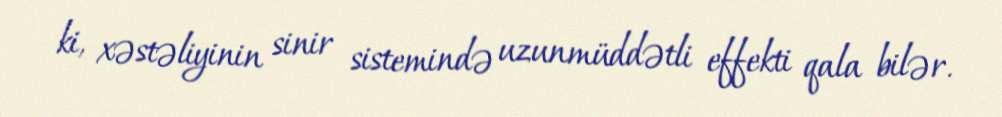
ki, xəstəliyinin sinir sistemində uzunmüddətli effekti qala bilər.